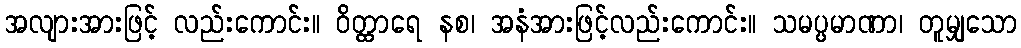
အလျားအားဖြင့် လည်းကောင်း။ ဝိတ္ထာရေ နစ၊ အနံအားဖြင့်လည်းကောင်း။ သမပ္ပမာဏာ၊ တူမျှသော